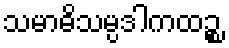
သမာဓိသမ္ပဒါကထဉ္စ